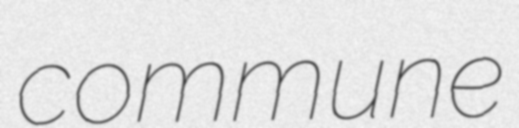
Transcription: commune